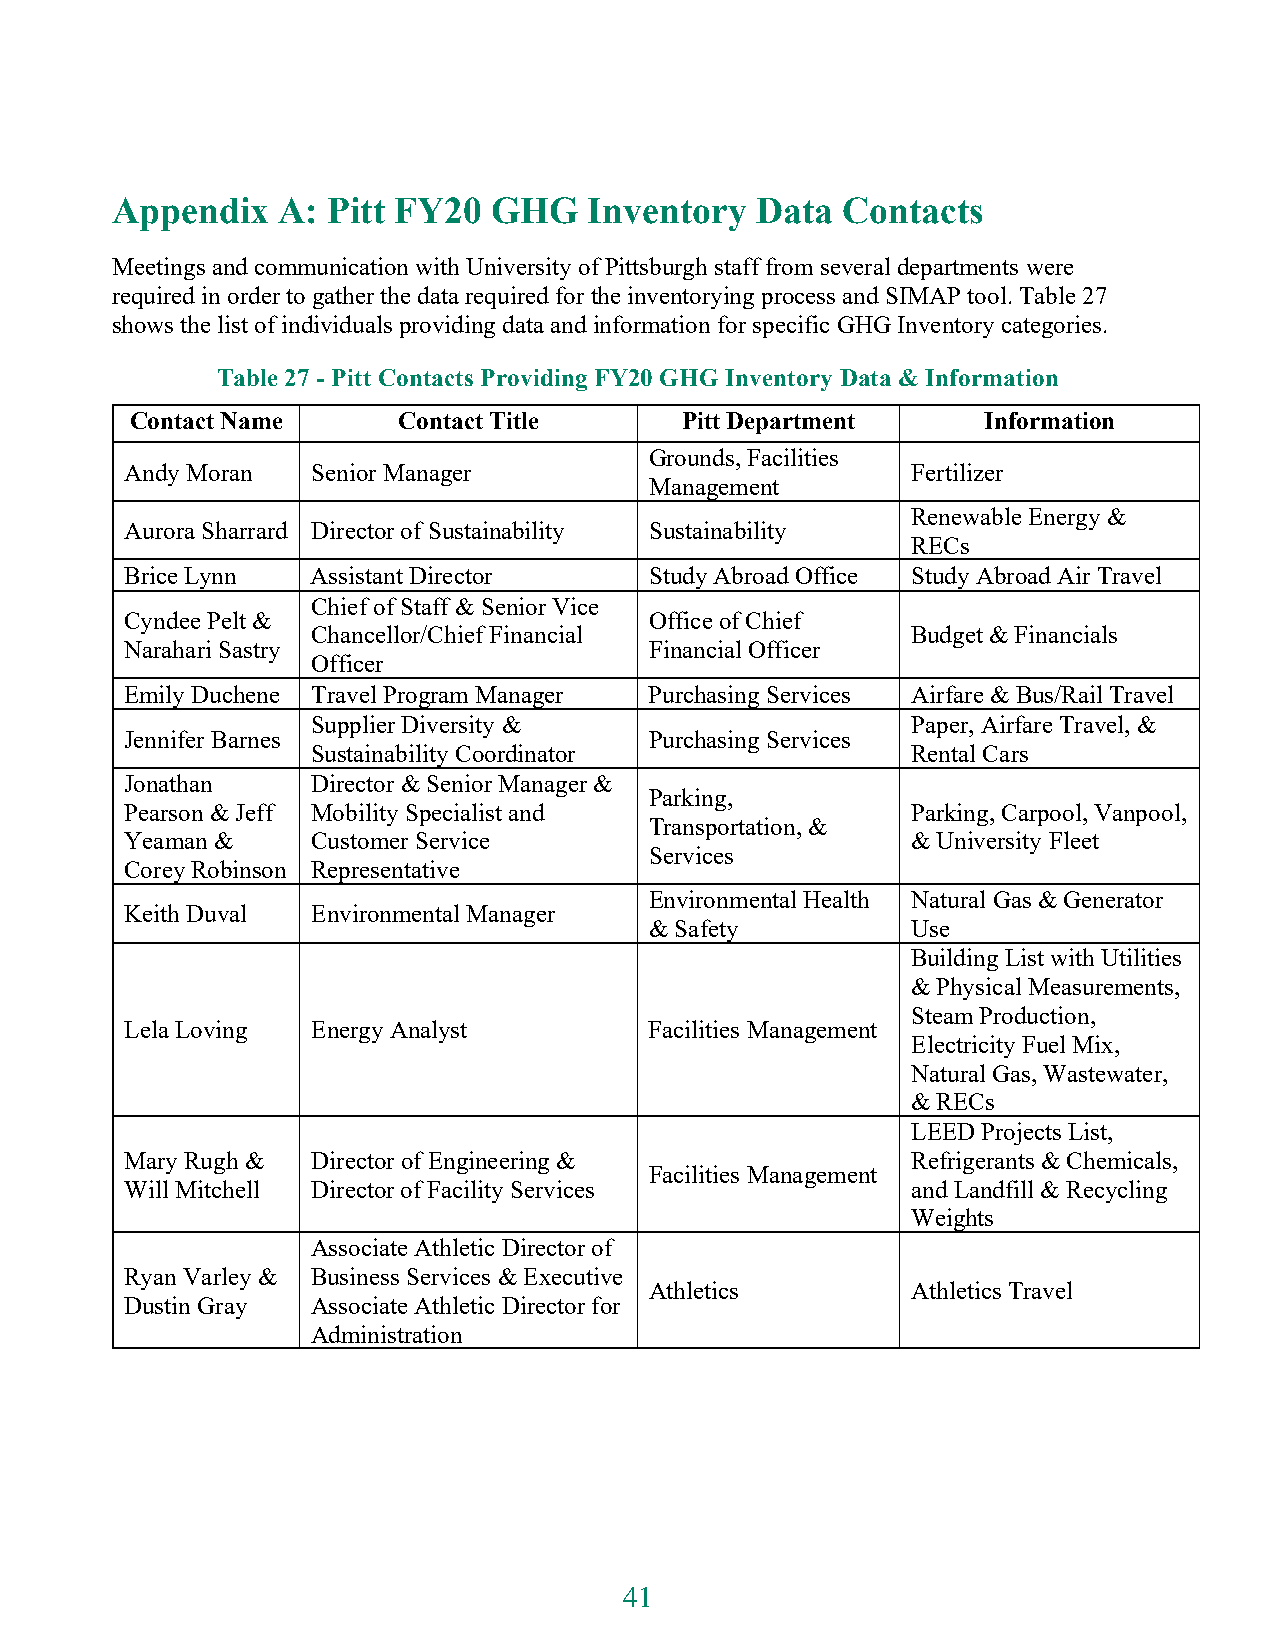
Appendix   A:  Pitt FY20  GHG   Inventory  Data  Contacts
 Meetings and communication with University of Pittsburgh staff from several departments were
 required in order to gather the data required for the inventorying process and SIMAP tool. Table 27
 shows the list of individuals providing data and information for specific GHG Inventory categories.
 Table 27 - Pitt Contacts Providing FY20 GHG Inventory Data & Information
 Contact Name     Contact Title      Pitt Department     Information
 Grounds, Facilities
 Andy Moran   Senior Manager                         Fertilizer
 Management
 Renewable Energy &
 Aurora Sharrard Director of Sustainability Sustainability
 RECs
 Brice Lynn   Assistant Director    Study Abroad Office Study Abroad Air Travel
 Chief of Staff & Senior Vice
 Cyndee Pelt &                      Office of Chief
 Chancellor/Chief Financial             Budget & Financials
 Narahari Sastry                    Financial Officer
 Officer
 Emily Duchene Travel Program Manager Purchasing Services Airfare & Bus/Rail Travel
 Supplier Diversity &                   Paper, Airfare Travel, &
 Jennifer Barnes                    Purchasing Services
 Sustainability Coordinator             Rental Cars
 Jonathan     Director & Senior Manager &
 Parking,
 Pearson & Jeff Mobility Specialist and              Parking, Carpool, Vanpool,
 Transportation, &
 Yeaman &     Customer Service                       & University Fleet
 Services
 Corey Robinson Representative
 Environmental Health Natural Gas & Generator
 Keith Duval  Environmental Manager
 & Safety         Use
 Building List with Utilities
 & Physical Measurements,
 Steam Production,
 Lela Loving  Energy Analyst        Facilities Management
 Electricity Fuel Mix,
 Natural Gas, Wastewater,
 & RECs
 LEED Projects List,
 Mary Rugh &  Director of Engineering &              Refrigerants & Chemicals,
 Facilities Management
 Will Mitchell Director of Facility Services         and Landfill & Recycling
 Weights
 Associate Athletic Director of
 Ryan Varley & Business Services & Executive
 Athletics        Athletics Travel
 Dustin Gray  Associate Athletic Director for
 Administration
 41